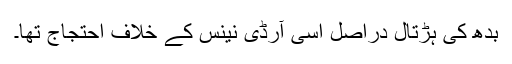
بدھ کی ہڑتال دراصل اسی آرڈی نینس کے خلاف احتجاج تھا۔